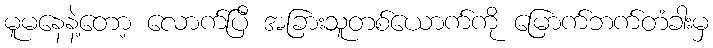
မူမနေနဲ့တော့ လောက်ပြီ အခြားသူတစ်ယောက်ကို မြောက်ဘက်တံခါးမှ